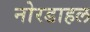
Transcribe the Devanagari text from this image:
नोरडाहल